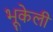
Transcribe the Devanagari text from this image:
भूकेली